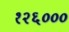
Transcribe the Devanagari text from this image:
१२६०००